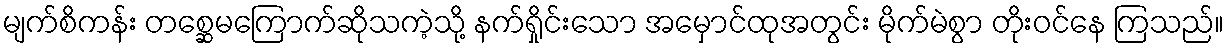
မျက်စိကန်း တစ္ဆေမကြောက်ဆိုသကဲ့သို့ နက်ရှိုင်းသော အမှောင်ထုအတွင်း မိုက်မဲစွာ တိုးဝင်နေ ကြသည်။